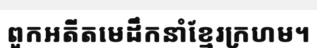
ពួកអតីតមេដឹកនាំខ្មែរក្រហម។